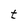
Character: t